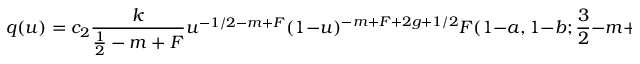
q ( u ) = c _ { 2 } \frac k { \frac 1 2 - m + F } u ^ { - 1 / 2 - m + F } ( 1 - u ) ^ { - m + F + 2 g + 1 / 2 } F ( 1 - a , 1 - b ; \frac 3 2 - m + F ; u )